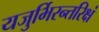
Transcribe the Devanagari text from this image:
यजुर्भिरन्तरिक्षं